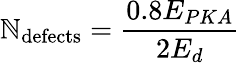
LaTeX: \mathbb{N}_{\mathrm{{defects}}}=\frac{{0.8E_{PKA}}}{{2E_{d}}}